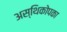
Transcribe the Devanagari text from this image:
अस्थिकोपका